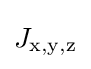
J_{{\text{x}},{\text{y}},{\text{z}}}